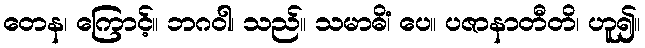
တေန၊ ကြောင့်။ ဘဂဝါ၊ သည်။ သမာဓိံ၊ ပေ။ ပဇာနာတီတိ၊ ဟူ၍။